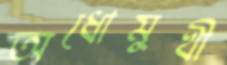
অধোমুখী